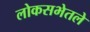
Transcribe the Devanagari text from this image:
लोकसभेतले